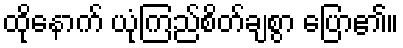
ထိုနောက် ယုံကြည်စိတ်ချစွာ ပြော၏။